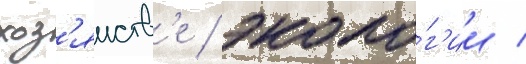
хоз'яиств'е / эколо́г'ии /